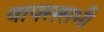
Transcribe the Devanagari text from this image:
वापससभी